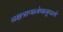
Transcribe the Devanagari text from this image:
नक्षत्राणामेषामुपस्थे